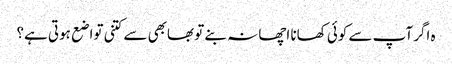
ہ اگر آپ سے کوئی کھانا اچھا نہ بنے تو بھابھی سے کتنی تواضع ہوتی ہے؟